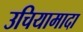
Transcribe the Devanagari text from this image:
उचियामादा